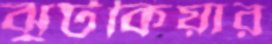
ঝুটকিয়ার